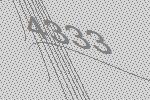
4333